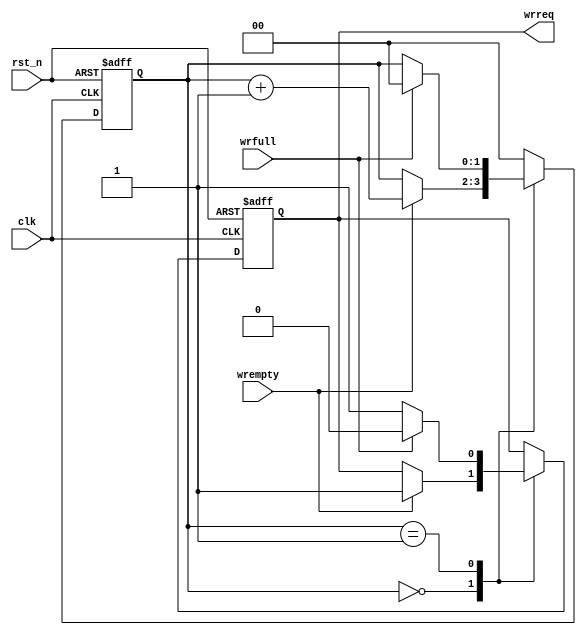
//****************************************Copyright (c)***********************************//
//www.openedv.com
//http://openedv.taobao.com
//""FPGA & STM32
//
//Copyright(C)  2018-2028
//All rights reserved
//----------------------------------------------------------------------------------------
// File name:           fifo_wr
// Last modified Date:  2018/07/06 13:38:04
// Last Version:        V1.0
// Descriptions:        FIFO
//----------------------------------------------------------------------------------------
// Created by:          
// Created date:        2018/07/06 13:38:14
// Version:             V1.0
// Descriptions:        The original version
//
//----------------------------------------------------------------------------------------
//****************************************************************************************//

module fifo_wr(
    //mudule clock
    input                   clk    ,        // 
    input                   rst_n  ,        // 

    //user interface
    input                   wrempty,        // 
    input                   wrfull ,        // 
    output    reg           wrreq           // 
);

//reg define
reg   [1:0]         flow_cnt;               // 

//*****************************************************
//**                    main code
//*****************************************************

//FIFO
always @(posedge clk or negedge rst_n) begin
    if(!rst_n) begin
        wrreq <= 1'b0;
        flow_cnt <= 2'd0;
    end
    else begin
        case(flow_cnt)
            2'd0: begin 
                if(wrempty) begin     //
                    wrreq <= 1'b1;
                    flow_cnt <= flow_cnt + 1'b1;
                end 
                else
                    flow_cnt <= flow_cnt;
            end 
            2'd1: begin               //
                if(wrfull) begin
                    wrreq <= 1'b0;         
                    flow_cnt <= 2'd0;
                end
                else begin            //
                    wrreq <= 1'b1;
                end
            end 
            default: flow_cnt <= 2'd0;
        endcase
    end
end

endmodule